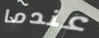
عندما